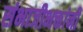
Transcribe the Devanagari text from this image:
संभाजीभक्तांनी